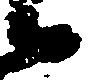
候